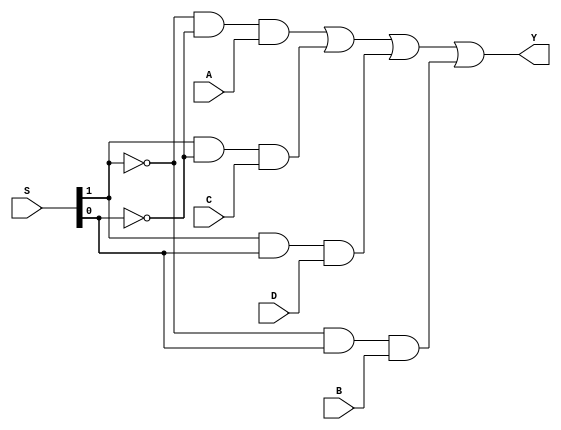
module MUX4(
	A,
	B,
	C,
	D,
	S,
	Y
);


input wire	A;
input wire	B;
input wire	C;
input wire	D;
input wire	[1:0] S;
output wire	Y;

wire	A00;
wire	B01;
wire	C10;
wire	D11;
wire	notS0;
wire	notS1;




assign	A00 = notS1 & notS0 & A;

assign	C10 = S[1] & notS0 & C;

assign	D11 = S[1] & S[0] & D;

assign	Y = A00 | C10 | D11 | B01;

assign	notS1 =  ~S[1];

assign	notS0 =  ~S[0];

assign	B01 = notS1 & S[0] & B;


endmodule